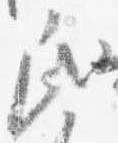
氏